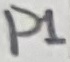
Text: P1